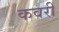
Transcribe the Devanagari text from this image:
कवरी